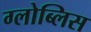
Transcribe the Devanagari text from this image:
ग्लोब्लिस